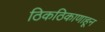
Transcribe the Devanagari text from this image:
ठिकठिकाणाहून